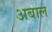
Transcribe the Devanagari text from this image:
अबाल